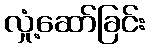
လှုံ့ဆော်ခြင်း